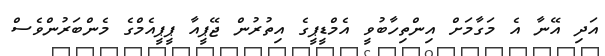
އަދި އޭނާ އެ މަގާމަށް އިންތިހާބުވީ އެމްޑީޕީގެ އިތުރުން ޖޭޕީއާ ޕީޕީއެމްގެ މެންބަރުންވެސް